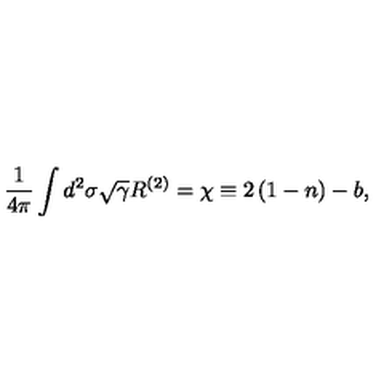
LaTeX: \frac { 1 } { 4 \pi } \int d ^ { 2 } \sigma \sqrt { \gamma } R ^ { ( 2 ) } = \chi \equiv 2 \left( 1 - n \right) - b ,